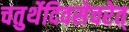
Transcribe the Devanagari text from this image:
चतुर्थेदिवसेचरेत्